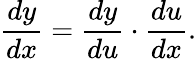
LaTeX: {\frac{dy}{dx}}={\frac{dy}{du}}\cdot{\frac{du}{dx}}.